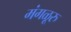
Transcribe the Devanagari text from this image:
मंगळूरु